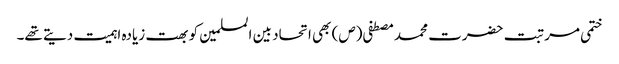
ختمی مرتبت حضرت محمد مصطفی (ص) بھی اتحاد بین المسلمین کو بھت زیادہ اہمیت دیتے تھے۔